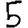
Digit: 5